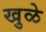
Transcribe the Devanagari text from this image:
खुळे